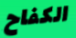
الكفاح